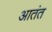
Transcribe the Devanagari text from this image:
आतंत